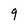
Character: 9